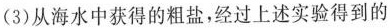
(3)从海水中获得的粗盐，经过上述实验得到的